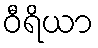
ဝီရိယာ